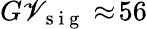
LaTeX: G\mathscr{V}_{\mathrm{{~s~i~g~}}}\approx\! 56